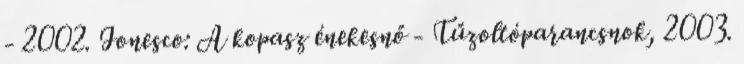
- 2002. Ionesco: A kopasz énekesnő - Tűzoltóparancsnok, 2003.